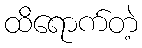
ထိရောက်တဲ့